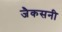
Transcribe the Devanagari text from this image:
जैकसनी